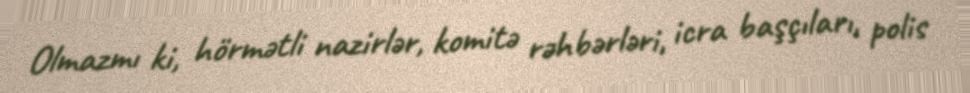
Olmazmı ki, hörmətli nazirlər, komitə rəhbərləri, icra başçıları, polis